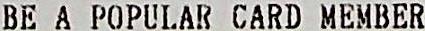
BE A POPULAR CARD MEMBER